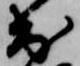
出